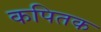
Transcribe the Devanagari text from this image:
कपितक